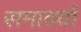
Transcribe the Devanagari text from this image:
समावयों